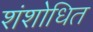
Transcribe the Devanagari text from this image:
शंशोधित